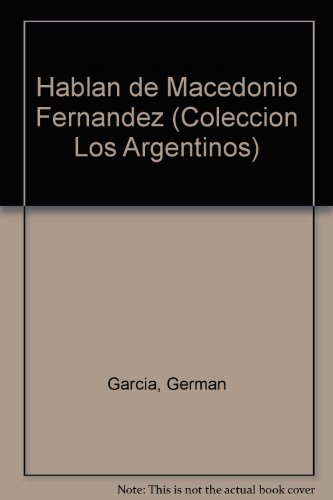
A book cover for Hablan de Macedonio Fernandez (Coleccion Los Argentinos) (Spanish Edition); German Garcia; Literature & Fiction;